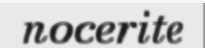
nocerite